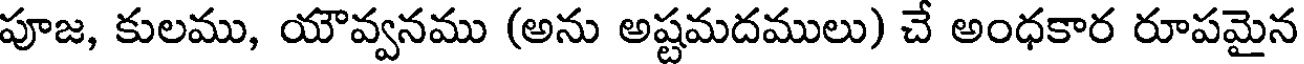
పూజ, కులము, యౌవ్వనము (అను అష్టమదములు) చే అంధకార రూపమైన